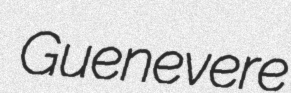
Guenevere